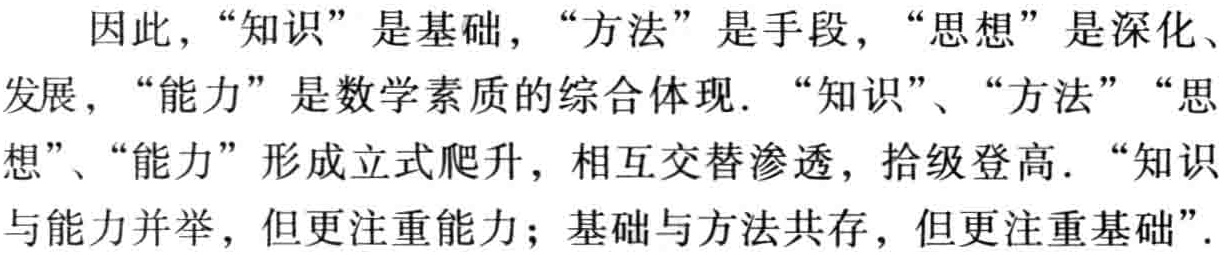
因此，“知识”是基础，“方法”是手段，“思想”是深化、发展，“能力”是数学素质的综合体现. “知识”、“方法”“思想”、“能力”形成立式爬升，相互交替渗透，拾级登高. “知识与能力并举，但更注重能力；基础与方法共存，但更注重基础”.